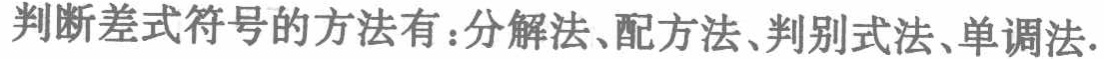
判断差式符号的方法有：分解法、配方法、判别式法、单调法.